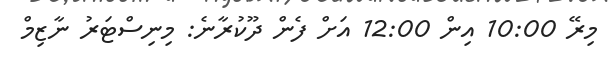
މިރޭ 10:00 އިން 12:00 އަށް ފެން ދޫކުރާނެ: މިނިސްޓަރު ނާޒިމް